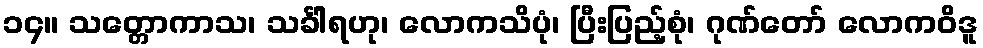
၁၄။ သတ္တောကာသ၊ သင်္ခါရဟု၊ လောကသိပုံ၊ ပြီးပြည့်စုံ၊ ဂုဏ်တော် လောကဝိဒူ